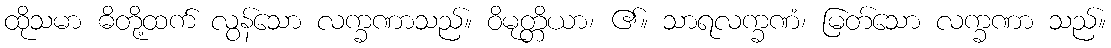
ထိုသမာ ဓိတို့ထက် လွန်သော လက္ခဏာသည်။ ဝိမုတ္တိယာ၊ ၏။ သာရလက္ခဏံ၊ မြတ်သော လက္ခဏာ သည်။